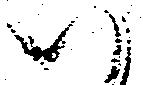
い